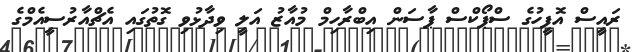
ރައީސް އޮފީހުގެ ސްޕޯކްސް ޕާސަން އިބްރާހިމް މުއާޒު އަލީ ވިދާޅުވި ގޮތުގައި އެޗްއާރުސީއެމްގެ